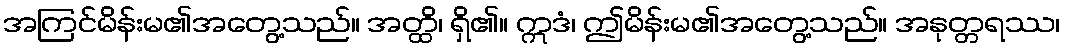
အကြင်မိန်းမ၏အတွေ့သည်။ အတ္ထိ၊ ရှိ၏။ ဣဒံ၊ ဤမိန်းမ၏အတွေ့သည်။ အနုတ္တရဿ၊